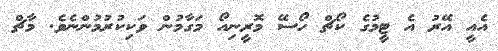
އެއީ އޭރު އެ ޓީމުގެ ކޯޗް ހޯސޭ މޮރީނިއޯ މަގާމުން ވަކިކުރުމުންނެވެ. މާޗް